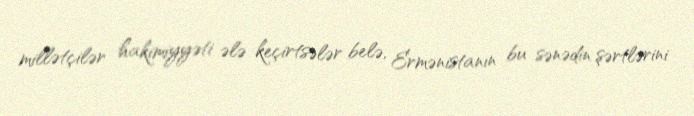
millətçilər hakimiyyəti ələ keçirtsələr belə, Ermənistanın bu sənədin şərtlərini